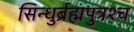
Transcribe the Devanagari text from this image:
सिन्धुर्ब्रह्मपुत्रश्च